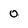
Character: 0